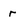
Character: r